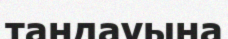
таңдауына